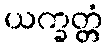
ယက္ခတ္တံ